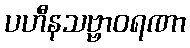
ပဟီနသဗ္ဗာဝရဏာ